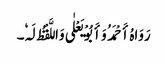
رَوَاہُ أَحْمَدُ وَأَبُوْ یَعْلٰی وَاللَّفْظُ لَہٗ۔